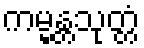
ကမ္မန္တသုတ္တံ